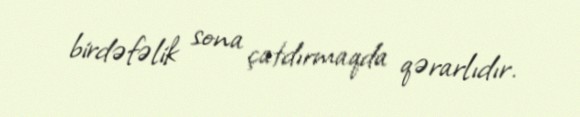
birdəfəlik sona çatdırmaqda qərarlıdır.